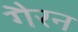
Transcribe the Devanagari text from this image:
गैरन